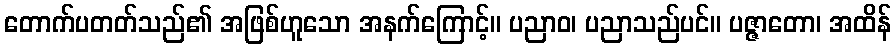
တောက်ပတတ်သည်၏ အဖြစ်ဟူသော အနက်ကြောင့်။ ပညာဝ၊ ပညာသည်ပင်။ ပဇ္ဇာတော၊ အထိန်